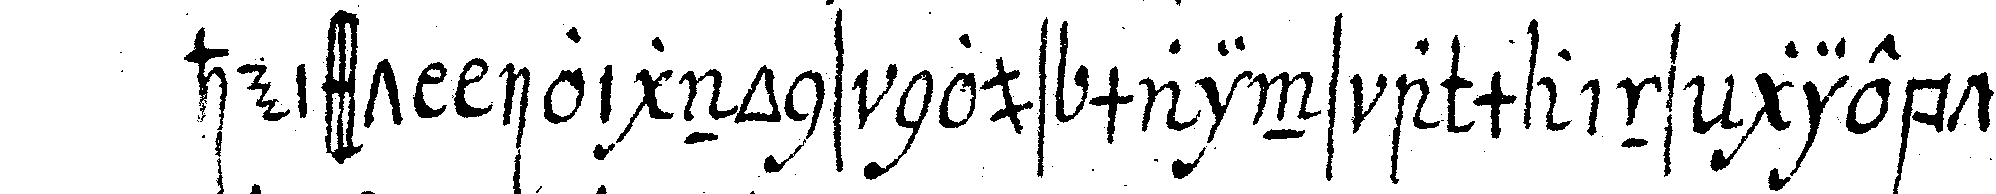
heisst ioignons nous mains a mains giebt man